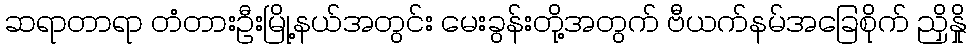
ဆရာတာရာ တံတားဦးမြို့နယ်အတွင်း မေးခွန်းတို့အတွက် ဗီယက်နမ်အခြေစိုက် ညှိနှို